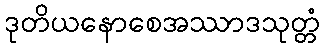
ဒုတိယနောစေအဿာဒသုတ္တံ